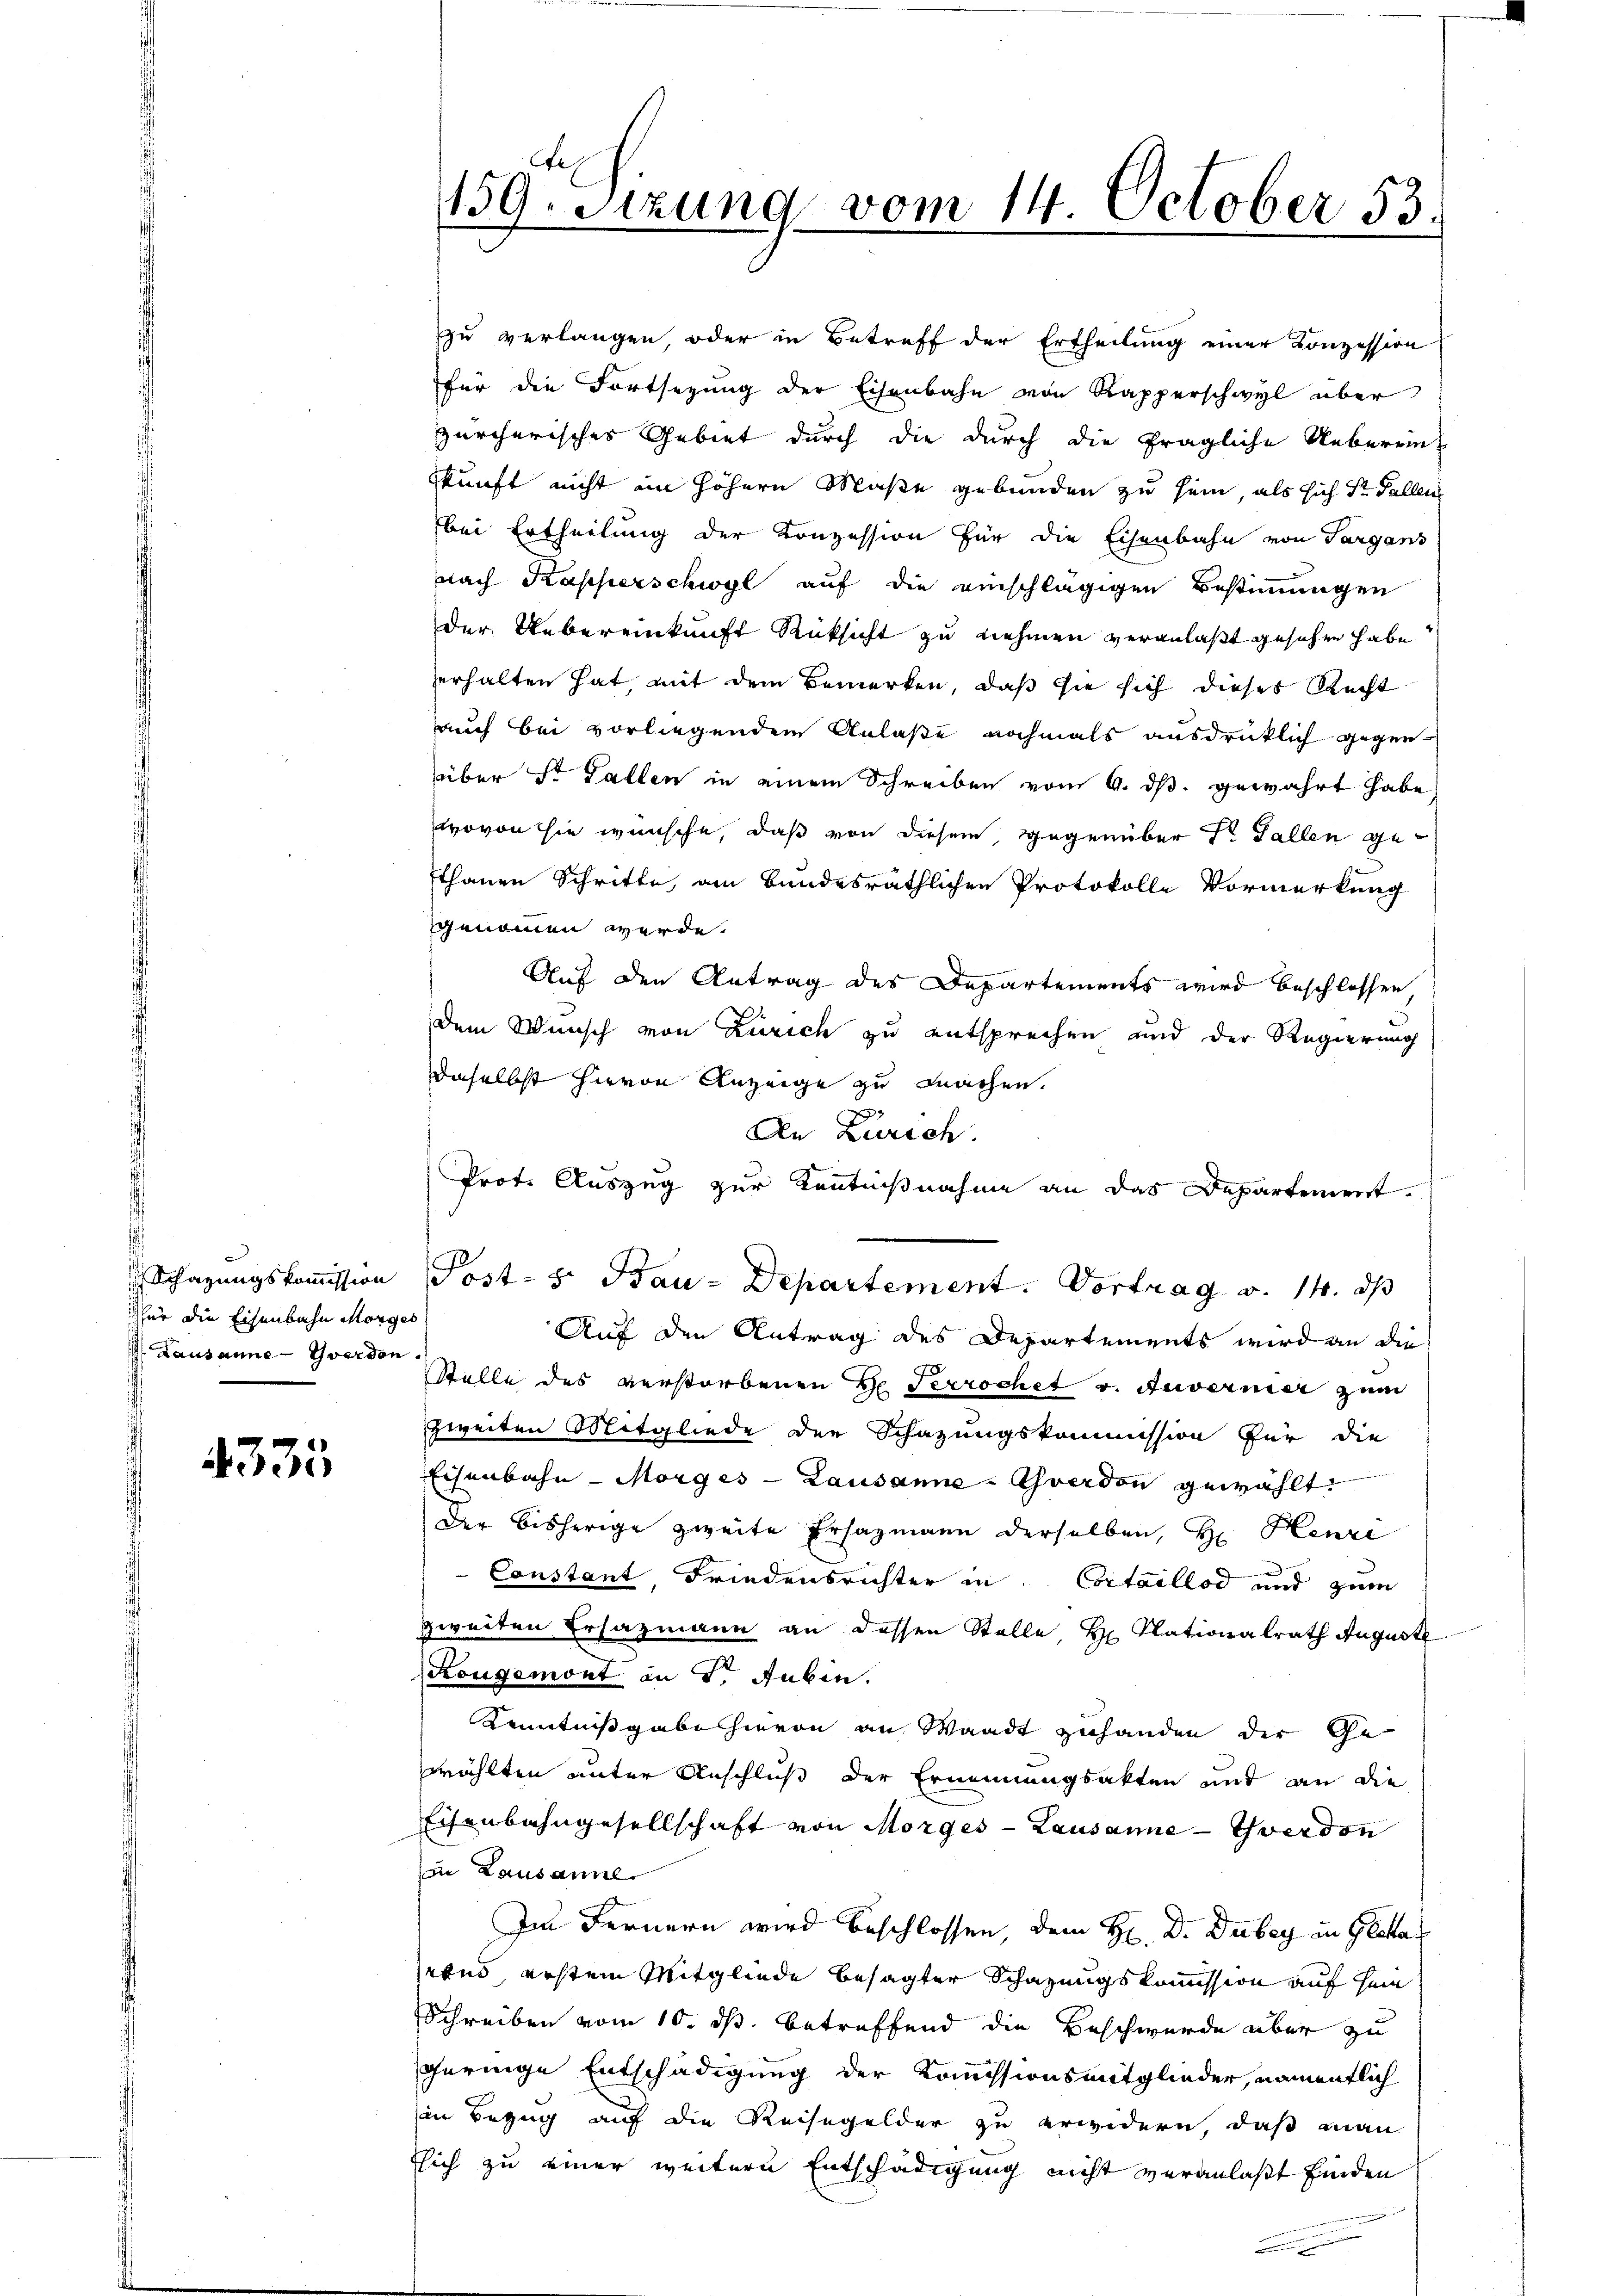
für die Eisenbahn Morges
 Lausanne - Yverden.

4335

zu verlangen, oder in Betreff der Ertheilung einer Konzession
für die Fortsezung der Eisenbahn von Rapperschwyl über
zürcherisches Gebiet durch die durch die fragliche Uebereinskunft nicht ein höhern Maße gebunden zu sein, als sich Sr. Fallen
bei Ertheilung der Konzession für die Eisenbahn von Sargans
nach Kapperschwyl auf die einschlägigen Bestimmungen
der Uebereinkunft Rücksicht zu nehmen veranlaßt gesehen habe
erhalten hat, mit dem Bemerken, daß sie sich dieses Recht
auch bei vorliegendem Anlaße nochmals ausdrücklich gegenüber St. Gallen in einem Schreiben vom 9. ds. gewahrt habe
wovon sie wünsche, daß von diesem, gegenüber Dr. Fallen gefthanen Schritte, ain bundesräthlichen Protokolle Vormerkung
genommen werde.
Auf den Antrag des Departements wird beschlossen
dem Wunsch von Zürich zu entsprechen und der Regierung
daselbst hievon Anzeige zu machen.
Auf den Antrag des Departements wird an die
Stelle des verstorbenen de Terrochet v. Zuvernier zum
zweiten Mitgliede der Schazungskommission für die
Eisenbahn - Morges - Lausanne - Yverdon gewählt
der bisherige zweite Ersazmann derselben, Hr. Henzi
Constant Friedensrichter in Cortaillod und zum
zweiten Ersazmann an dessen Stelle, H. Nationalrath August
Kougemont an Dr Jubin.
Kenntnißgabe hievon an Waadt zuhanden der Gewählten unter Anschluß der Erinnungsakten und an die
Eisenbahngesellschaft von Morges - Lausanne - Yverdon
zu Lausanne
Im Fernern wird beschlossen, dem H. D. Dubey in Glatta
rund, ersten Mitgliede besagter Schazungskommission auf sein
Schreiben vom 10. ds. betreffend die Beschwerde aber zu
geringe Entschädigung der Kommissionsmitglieder, namentlich
in Bezug auf die Reisegelder zu erwidern, daß man
Esich zu einer weitern Entschädigung nicht veranlaßt finden
.

159. Sitzung vom 14. October 83.

2

An Zürich.
Prot. Auszug zur Kentnißnahme an das Departement.
Schazungskommission Post- s. Bau-Departement. Vortrag v. 14. ds